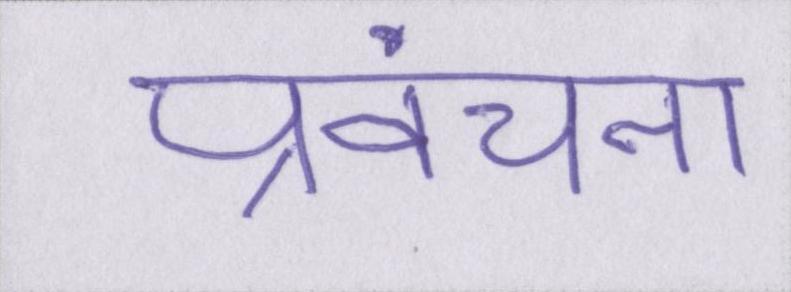
प्रवंचना